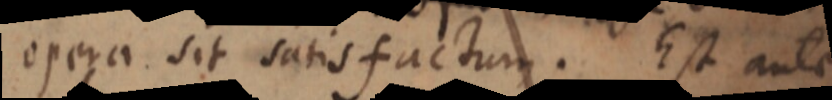
opera sit satisfactum. Est autem